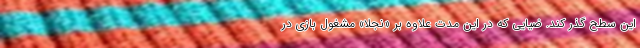
این سطح گذر کند. ضیایی که در این مدت علاوه بر «نجلا» مشغول بازی در